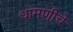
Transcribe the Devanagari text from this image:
धामणीचे